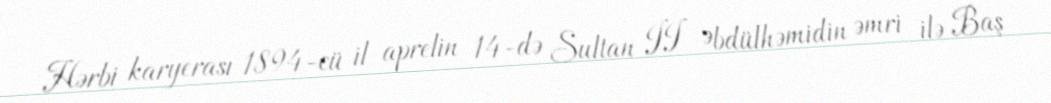
Hərbi karyerası 1894-cü il aprelin 14-də Sultan II Əbdülhəmidin əmri ilə Baş